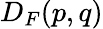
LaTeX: D_{F}(p,q)